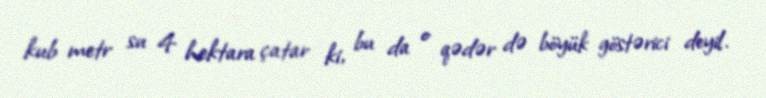
kub metr su 4 hektara çatar ki, bu da o qədər də böyük göstərici deyil.